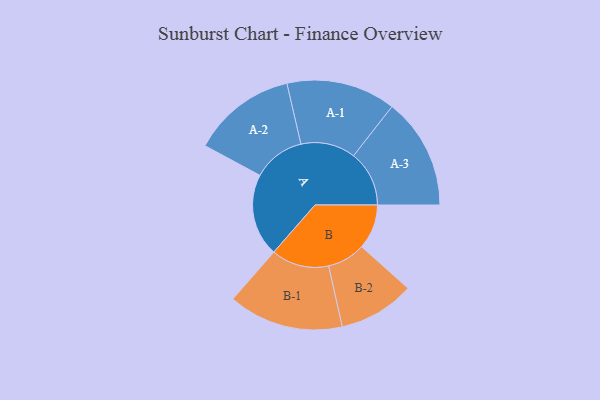
{"axis": {"x": "Segment", "y": "Value"}, "legend": ["", "A", "B"], "data": [{"x": "A", "y": 417, "type": ""}, {"x": "B", "y": 226, "type": ""}, {"x": "A-1", "y": 276, "type": "A"}, {"x": "A-2", "y": 263, "type": "A"}, {"x": "A-3", "y": 281, "type": "A"}, {"x": "B-1", "y": 291, "type": "B"}, {"x": "B-2", "y": 192, "type": "B"}]}